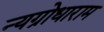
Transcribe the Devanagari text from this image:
न्यग्रोधाराम